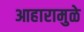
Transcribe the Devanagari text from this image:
आहारामुळे